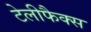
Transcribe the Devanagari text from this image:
टेलीफैक्स